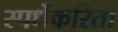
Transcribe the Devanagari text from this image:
स्पर्धेकरिता